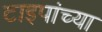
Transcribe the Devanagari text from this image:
टाइपांच्या